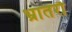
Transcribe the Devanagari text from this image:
भ्रातरौ